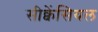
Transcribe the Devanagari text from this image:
सीक्वेंसियल